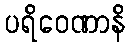
ပရိဝေဏာနိ